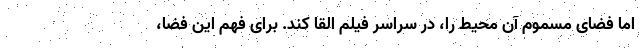
اما فضای مسمومِ آن محیط را، در سراسر فیلم القا کند. برای فهم این فضا،